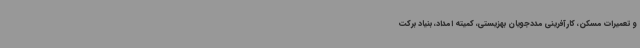
و تعمیرات مسکن، کارآفرینی مددجویان بهزیستی، کمیته امداد، بنیاد برکت